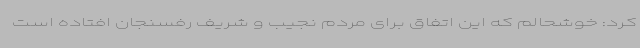
کرد: خوشحالم که این اتفاق برای مردم نجیب و شریف رفسنجان افتاده است